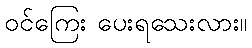
ဝင်ကြေး ပေးရသေးလား။